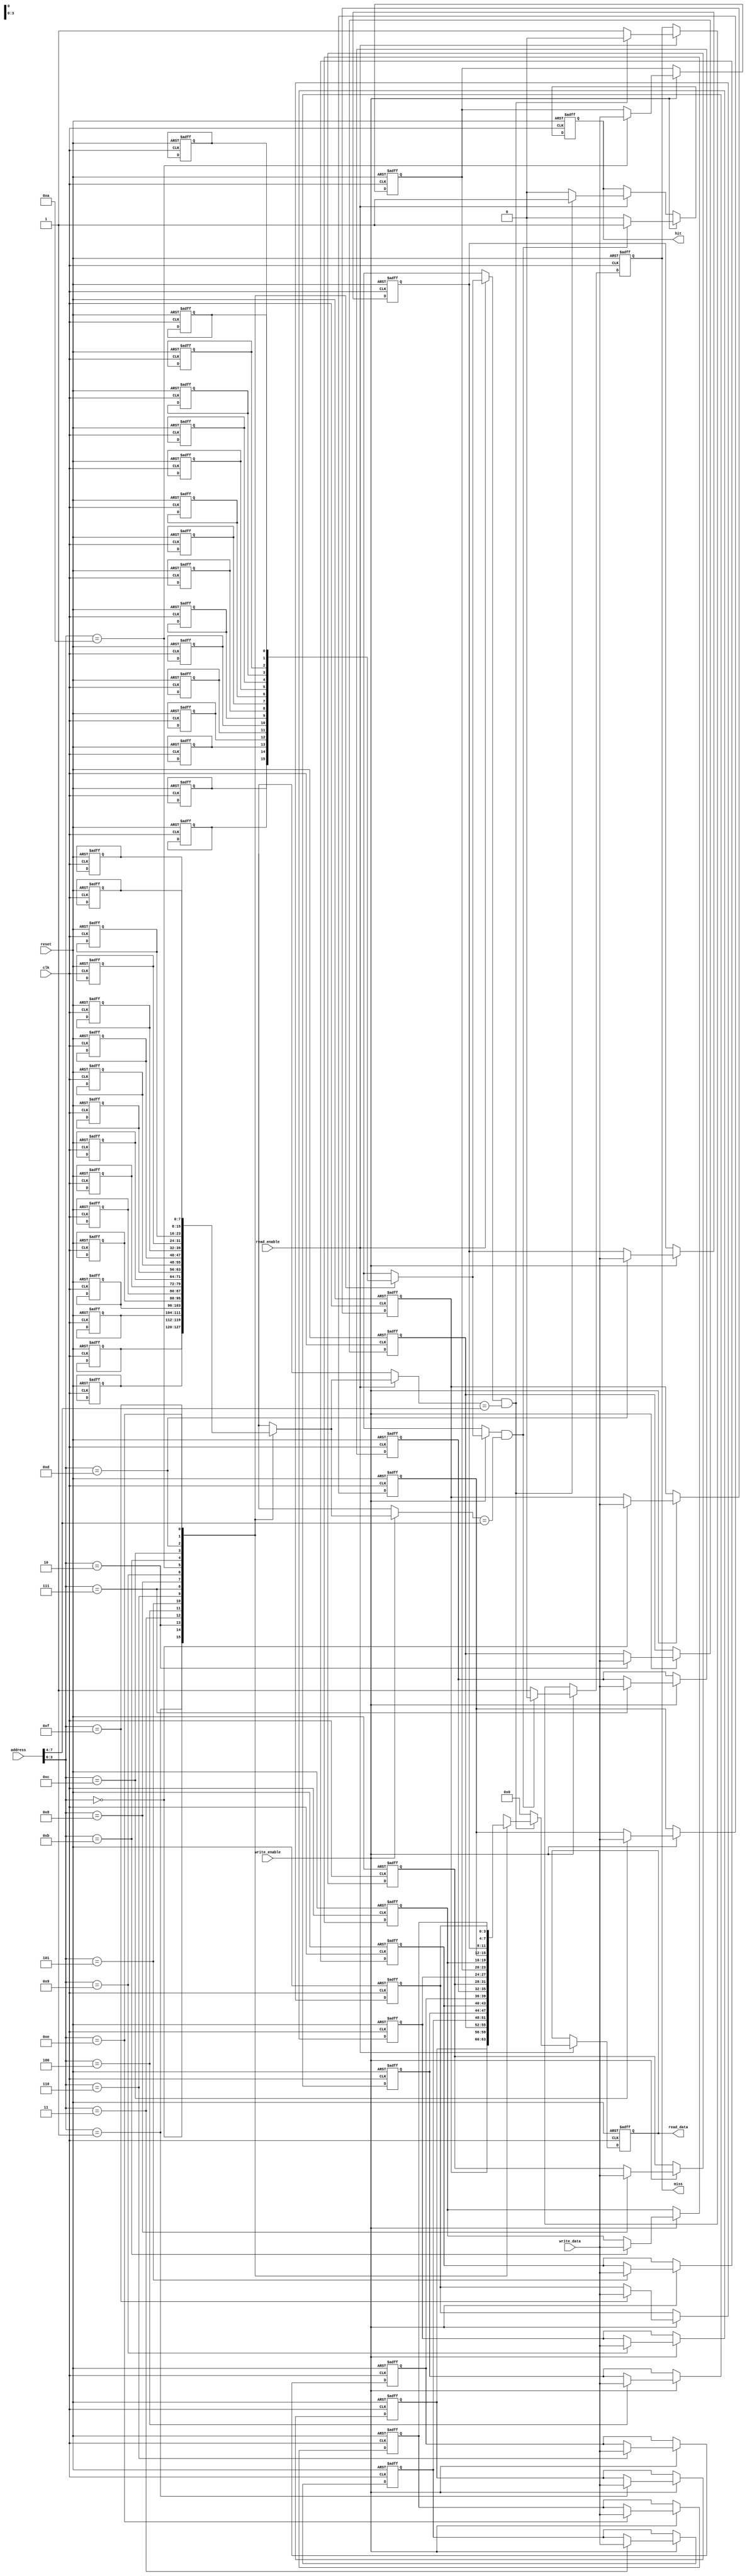
module software_cache #(
    parameter CACHE_SIZE = 16,  // Number of cache lines
    parameter BLOCK_SIZE = 4,    // Size of each data block
    parameter ADDR_WIDTH = 8      // Address width
)(
    input wire clk,
    input wire reset,
    input wire [ADDR_WIDTH-1:0] address, // Address for read/write
    input wire [BLOCK_SIZE-1:0] write_data, // Data to write
    input wire read_enable,  // Read enable signal
    input wire write_enable,  // Write enable signal
    output reg [BLOCK_SIZE-1:0] read_data, // Data read from cache
    output reg hit,          // Cache hit indicator
    output reg miss          // Cache miss indicator
);

    // Cache line structure
    reg [BLOCK_SIZE-1:0] cache_data [0:CACHE_SIZE-1]; // Data storage
    reg [ADDR_WIDTH-1:0] tags [0:CACHE_SIZE-1]; // Tags for each line
    reg valid [0:CACHE_SIZE-1]; // Valid bits
    reg dirty [0:CACHE_SIZE-1]; // Dirty bits
    
    // Cache controller variables
    integer i;
    reg [ADDR_WIDTH-1:0] tag;
    reg [3:0] index;

    // Cache read/write operation
    always @(posedge clk or posedge reset) begin
        if (reset) begin
            // Initialize cache on reset
            for (i = 0; i < CACHE_SIZE; i = i + 1) begin
                valid[i] <= 0;
                dirty[i] <= 0;
                cache_data[i] <= 0;
                tags[i] <= 0;
            end
            read_data <= 0;
            hit <= 0;
            miss <= 0;
        end else begin
            // Decode address
            tag = address[ADDR_WIDTH-1:ADDR_WIDTH - $clog2(CACHE_SIZE)];
            index = address[$clog2(CACHE_SIZE)-1:0];

            // Read operation
            if (read_enable) begin
                if (valid[index] && (tags[index] == tag)) begin
                    // Cache hit
                    read_data <= cache_data[index];
                    hit <= 1;
                    miss <= 0;
                end else begin
                    // Cache miss
                    read_data <= 0; // Placeholder for read from memory
                    hit <= 0;
                    miss <= 1;
                    // Fetch from main memory and update cache (pseudo-code)
                    // cache_data[index] <= fetch_from_memory(address);
                    // tags[index] <= tag;
                    // valid[index] <= 1;
                end
            end

            // Write operation
            if (write_enable) begin
                if (valid[index] && (tags[index] == tag)) begin
                    // Cache hit on write
                    cache_data[index] <= write_data;
                    dirty[index] <= 1; // Mark as dirty for write-back policy
                    hit <= 1;
                    miss <= 0;
                end else begin
                    // Cache miss on write
                    // Fetch from memory if necessary (pseudo-code)
                    // cache_data[index] <= fetch_from_memory(address);
                    // tags[index] <= tag;
                    // valid[index] <= 1;
                    // Write new data to cache
                    cache_data[index] <= write_data;
                    dirty[index] <= 1; // Mark as dirty for write-back policy
                    hit <= 0;
                    miss <= 1;
                end
            end
        end
    end
endmodule